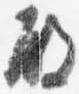
殿